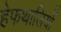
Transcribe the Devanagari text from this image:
हेफथालियों